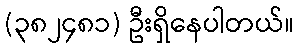
(၃၈၂၄၈၁) ဦးရှိနေပါတယ်။